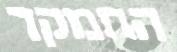
התמקד